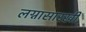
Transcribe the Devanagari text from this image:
लग्नासारखी